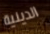
الدينية